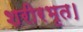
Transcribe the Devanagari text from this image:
शरीरभृत।